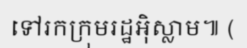
ទៅរកក្រុមរដ្ឋអ៊ិស្លាម៕ (